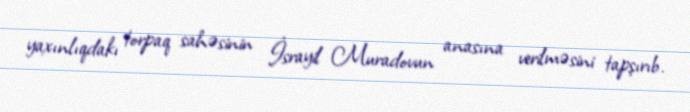
yaxınlıqdakı torpaq sahəsinin İsrayil Muradovun anasına verilməsini tapşırıb.